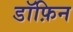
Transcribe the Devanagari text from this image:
डॉफ़िन